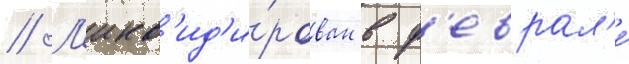
// Л'икв'ид'и́рован в ф'еврал'е́